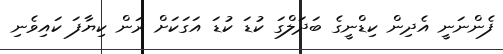
ފެންނަނީ އެދިން ކިޑްނީގެ ބަދަލްގަ ކުޑަ ކުޑަ އަގަކަށް ރަން ކިޔާފަ ކައިވެނި